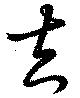
夫